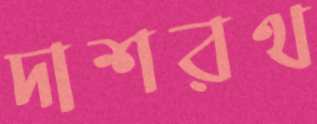
দাশরথ